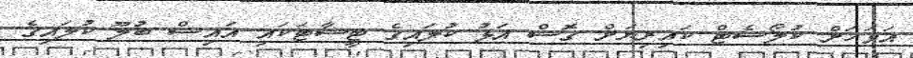
އަވަހަށް ކުލޯސެޓް ކައިރިޔަށް ގޮސް އަޅު ކުލައިގެ ޓީޝާޓަކައި އައިސް ބުލޫ ކުލައިގެ